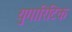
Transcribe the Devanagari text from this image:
युगारिटिक